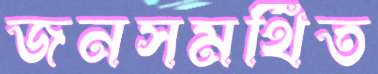
জনসমর্থিত